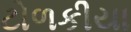
ટોળકીયા